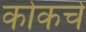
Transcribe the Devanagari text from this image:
कोकचे